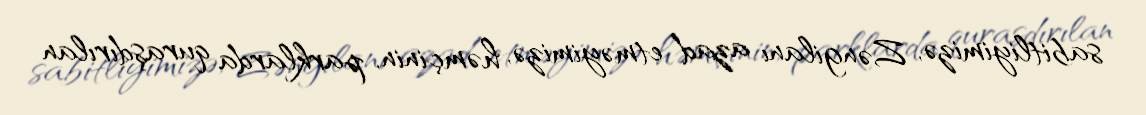
sabitliyimizə, Zəngilanı azad etməyimizə, həmçinin, parklarda quraşdırılan